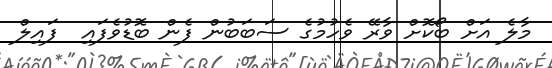
މާލެ އަށް ބޯކޮށް ވާރޭ ވެހުމުގެ ސަބަބުން ފެން ބޮޑުވެފައި  ފައިލް